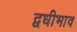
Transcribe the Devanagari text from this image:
द्वधीभाव